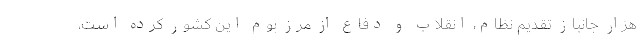
هزار جانباز تقدیم نظام، انقلاب و دفاع از مرز بوم این کشور کرده است،